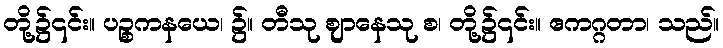
တို့၌၎င်း။ ပဉ္စကနယေ၊ ၌။ တီသု ဈာနေသု စ၊ တို့၌၎င်း။ ဧကဂ္ဂတာ၊ သည်။